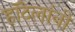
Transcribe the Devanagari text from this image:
हॉटेलांनी